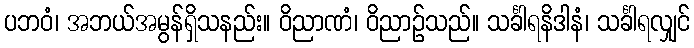
ပဘဝံ၊ အဘယ်အမွန်ရှိသနည်း။ ဝိညာဏံ၊ ဝိညာဉ်သည်။ သင်္ခါရနိဒါနံ၊ သင်္ခါရလျှင်